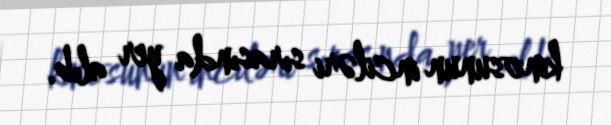
kinosunun inciləri sırasında yer alıb.